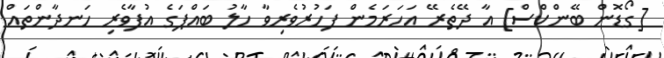
[ގޯޑޮން ބޭންކްސް] އާ ދޭތެރޭ އަހަރަމެން ފަހުރުވެރިވާ ހާލު ބައްޕަގެ އުފާވެރި ހަނދާންތައް